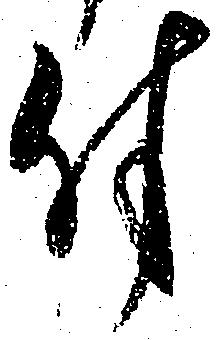
付